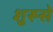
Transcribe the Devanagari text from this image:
शुरूसे